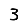
Digit: 3